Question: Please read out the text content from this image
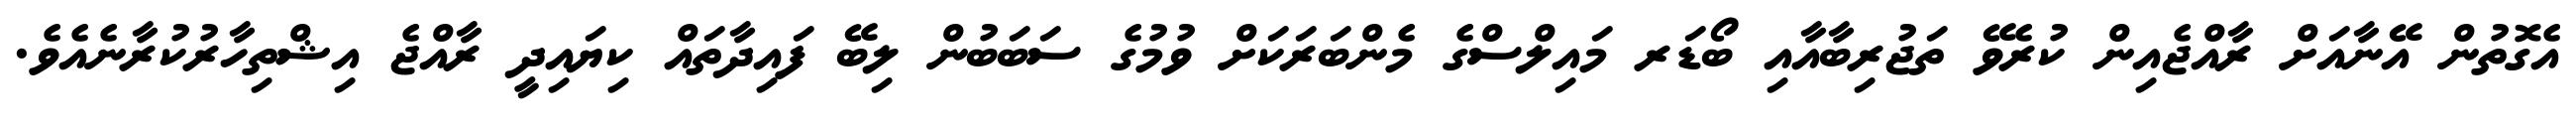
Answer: އެގޮތުން އޭނާއަށް ރާއްޖެއިން ކުރެވޭ ތަޖުރިބާއާއި ބޯޑަރ މައިލްސްގެ މެންބަރަކަށް ވުމުގެ ސަބަބުން ލިބޭ ފައިދާތައް ކިޔައިދީ ރާއްޖެ އިޝްތިހާރުކުރާނެއެވެ.